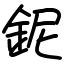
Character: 鈮